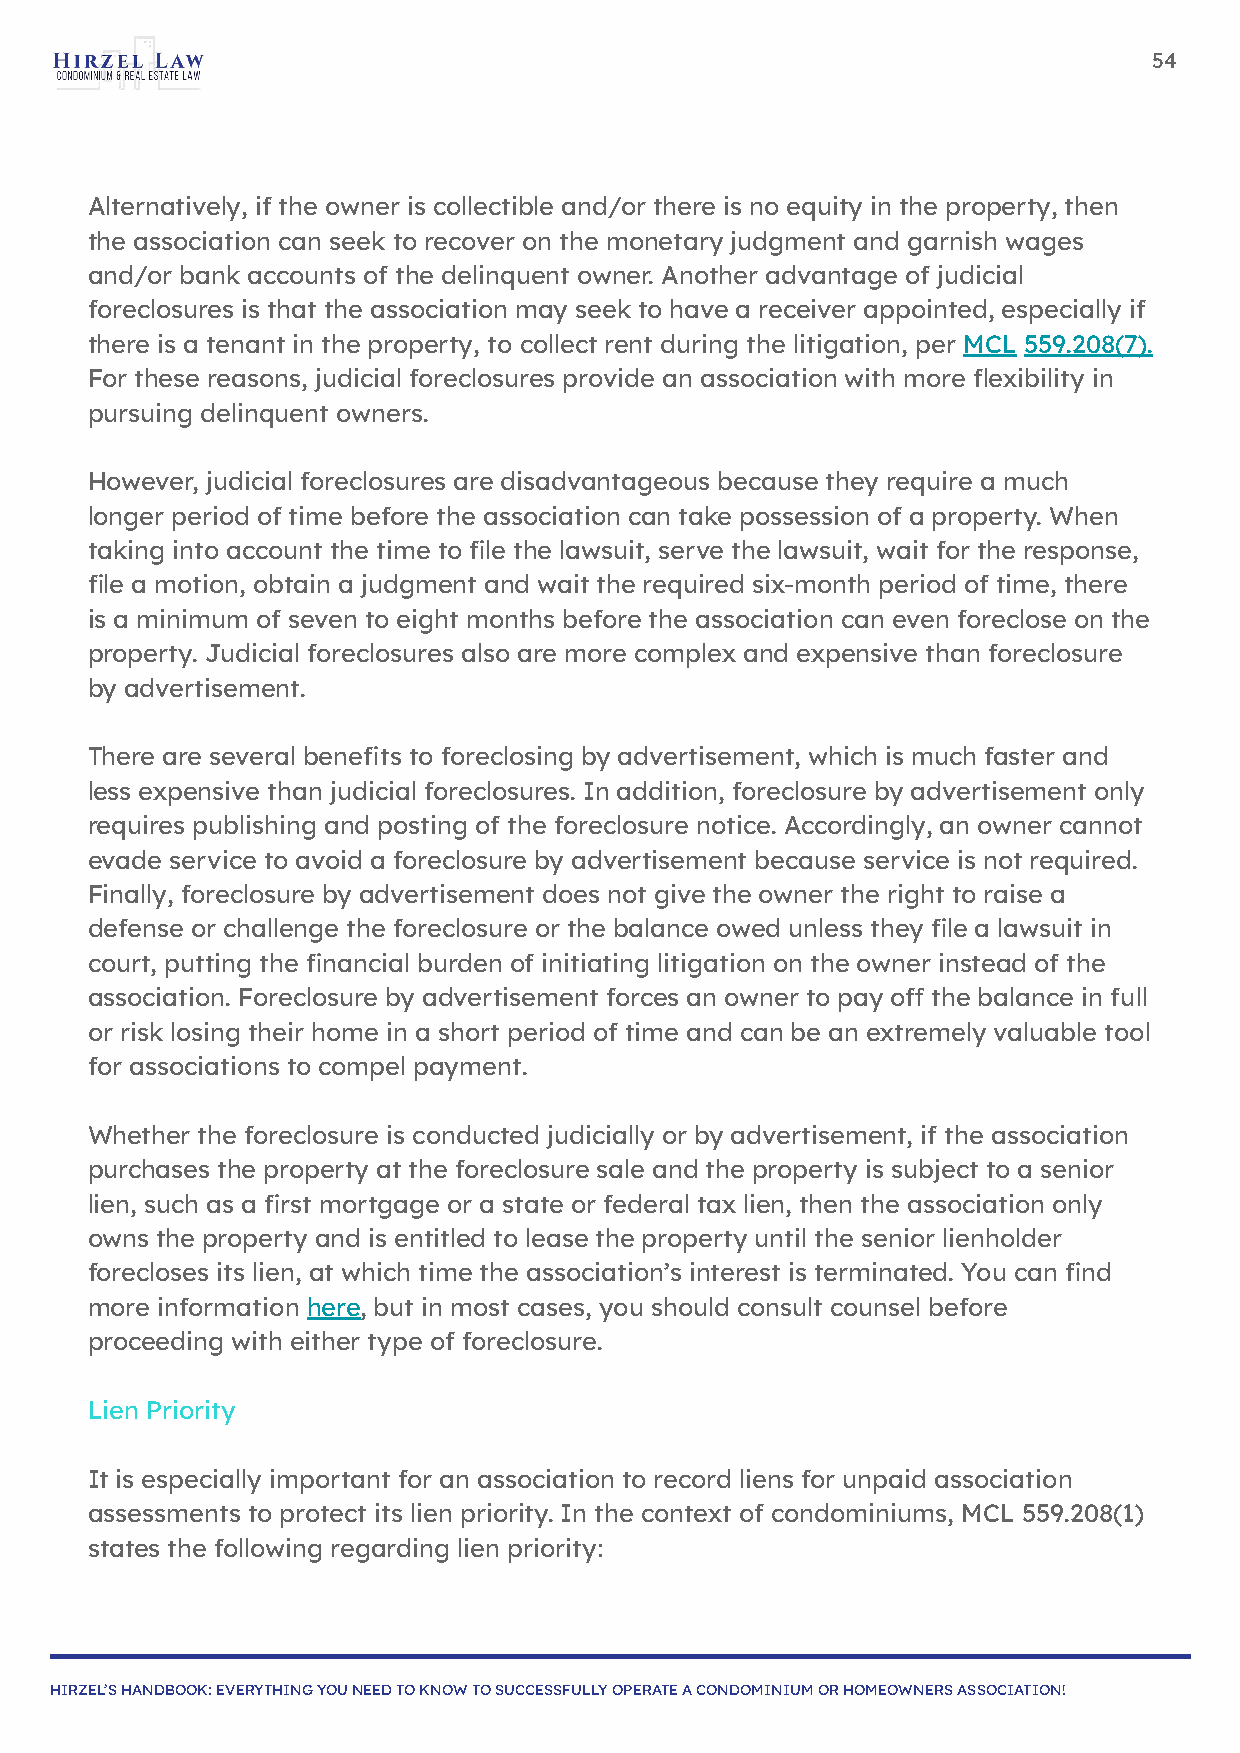
54
 Alternatively, if the owner is collectible and/or there is no equity in the property, then
 the association can seek to recover on the monetary judgment and garnish wages
 and/or bank accounts of the delinquent owner. Another advantage of judicial
 foreclosures is that the association may seek to have a receiver appointed, especially if
 there is a tenant in the property, to collect rent during the litigation, per MCL 559.208(7).
 For these reasons, judicial foreclosures provide an association with more flexibility in
 pursuing delinquent owners.
 However, judicial foreclosures are disadvantageous because they require a much
 longer period of time before the association can take possession of a property. When
 taking into account the time to file the lawsuit, serve the lawsuit, wait for the response,
 file a motion, obtain a judgment and wait the required six-month period of time, there
 is a minimum of seven to eight months before the association can even foreclose on the
 property. Judicial foreclosures also are more complex and expensive than foreclosure
 by advertisement.
 There are several benefits to foreclosing by advertisement, which is much faster and
 less expensive than judicial foreclosures. In addition, foreclosure by advertisement only
 requires publishing and posting of the foreclosure notice. Accordingly, an owner cannot
 evade service to avoid a foreclosure by advertisement because service is not required.
 Finally, foreclosure by advertisement does not give the owner the right to raise a
 defense or challenge the foreclosure or the balance owed unless they file a lawsuit in
 court, putting the financial burden of initiating litigation on the owner instead of the
 association. Foreclosure by advertisement forces an owner to pay off the balance in full
 or risk losing their home in a short period of time and can be an extremely valuable tool
 for associations to compel payment.
 Whether the foreclosure is conducted judicially or by advertisement, if the association
 purchases the property at the foreclosure sale and the property is subject to a senior
 lien, such as a first mortgage or a state or federal tax lien, then the association only
 owns the property and is entitled to lease the property until the senior lienholder
 forecloses its lien, at which time the association’s interest is terminated. You can find
 more information here, but in most cases, you should consult counsel before
 proceeding with either type of foreclosure.
 Lien Priority
 It is especially important for an association to record liens for unpaid association
 assessments to protect its lien priority. In the context of condominiums, MCL 559.208(1)
 states the following regarding lien priority:
 HIRZEL’S HANDBOOK: EVERYTHING YOU NEED TO KNOW TO SUCCESSFULLY OPERATE A CONDOMINIUM OR HOMEOWNERS ASSOCIATION!